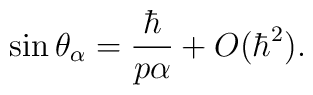
\sin\theta_{\alpha} = \frac{\hbar}{p\alpha} + O(\hbar^2).